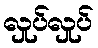
လှုပ်လှုပ်